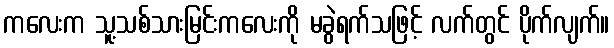
ကလေးက သူ့သစ်သားမြင်းကလေးကို မခွဲရက်သဖြင့် လက်တွင် ပိုက်လျက်။